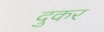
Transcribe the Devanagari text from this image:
दुकर